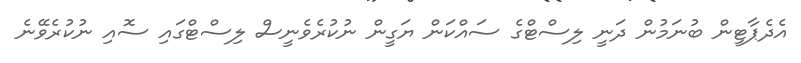
އެދެޕާޓީން ބުނަމުން ދަނީ ލިސްޓްގެ ސައްކަން ޔަގީން ނުކުރެވެނީސް ލިސްޓްގައި ސޮއި ނުކުރެވޭނެ